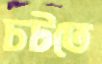
চটতে